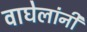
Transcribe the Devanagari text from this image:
वाघेलांनी